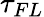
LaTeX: \tau_{FL}